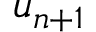
u _ { n + 1 }